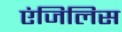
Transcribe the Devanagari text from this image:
एंजिलिस